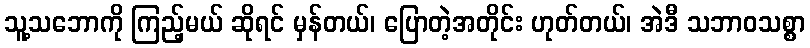
သူ့သဘောကို ကြည့်မယ် ဆိုရင် မှန်တယ်၊ ပြောတဲ့အတိုင်း ဟုတ်တယ်၊ အဲဒီ သဘာဝသစ္စာ